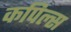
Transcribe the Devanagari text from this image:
कपिल्स